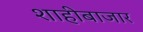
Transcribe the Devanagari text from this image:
शाहीबाजार